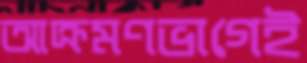
আক্রমণভাগেই